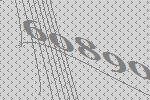
60890